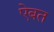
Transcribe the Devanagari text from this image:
ऐबत